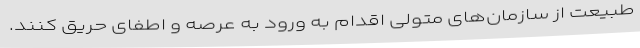
طبیعت از سازمان‌های متولی اقدام به ورود به عرصه‌ و اطفای حریق کنند.